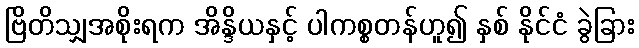
ဗြိတိသျှအစိုးရက အိန္ဒိယနှင့် ပါကစ္စတန်ဟူ၍ နှစ် နိုင်ငံ ခွဲခြား